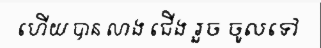
ហើយ បាន លាង ជើង រួច ចូលទៅ